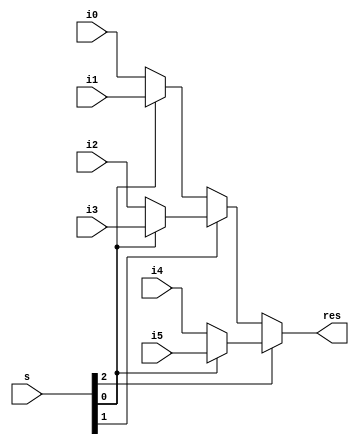
module mux_6to1
	#(
		parameter nIO = 8
		
	)
	(
		input [nIO-1:0] i0,
		input [nIO-1:0] i1,
		input [nIO-1:0] i2,
		input [nIO-1:0] i3,
		input [nIO-1:0] i4,
		input [nIO-1:0] i5,
		input [2:0] s,
		output [nIO-1:0] res
	);
	
	assign res = s[2] ?
	(s[0] ? i5 : i4)
	:(s[1] ?
		(s[0] ? i3 : i2)
		:(s[0] ? i1 : i0)
	);
		
endmodule